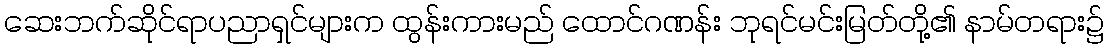
ဆေးဘက်ဆိုင်ရာပညာရှင်များက ထွန်းကားမည် ထောင်ဂဏန်း ဘုရင်မင်းမြတ်တို့၏ နာမ်တရား၌